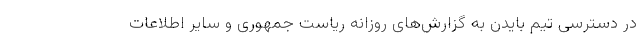
در دسترسی تیم بایدن به گزارش‌های روزانه ریاست جمهوری و سایر اطلاعات